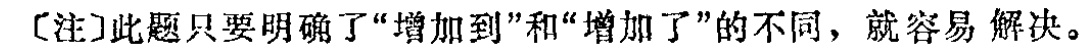
[注]此题只要明确了“增加到”和“增加了”的不同，就容易解决。